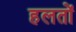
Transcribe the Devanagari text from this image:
हलतों